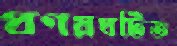
প্রণয়ঘটিত